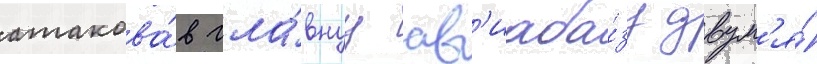
атакова́в гла́внуу ав'иаба́зу двум'я́